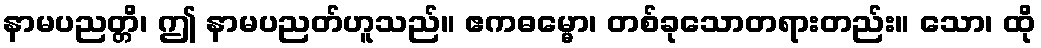
နာမပညတ္တိ၊ ဤ နာမပညတ်ဟူသည်။ ဧကဓမ္မော၊ တစ်ခုသောတရားတည်း။ သော၊ ထို